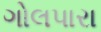
ગોલપારા